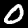
Digit: 0